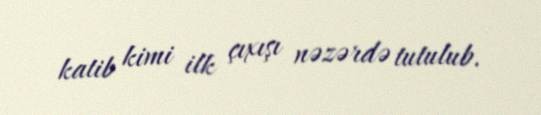
katib kimi ilk çıxışı nəzərdə tutulub.